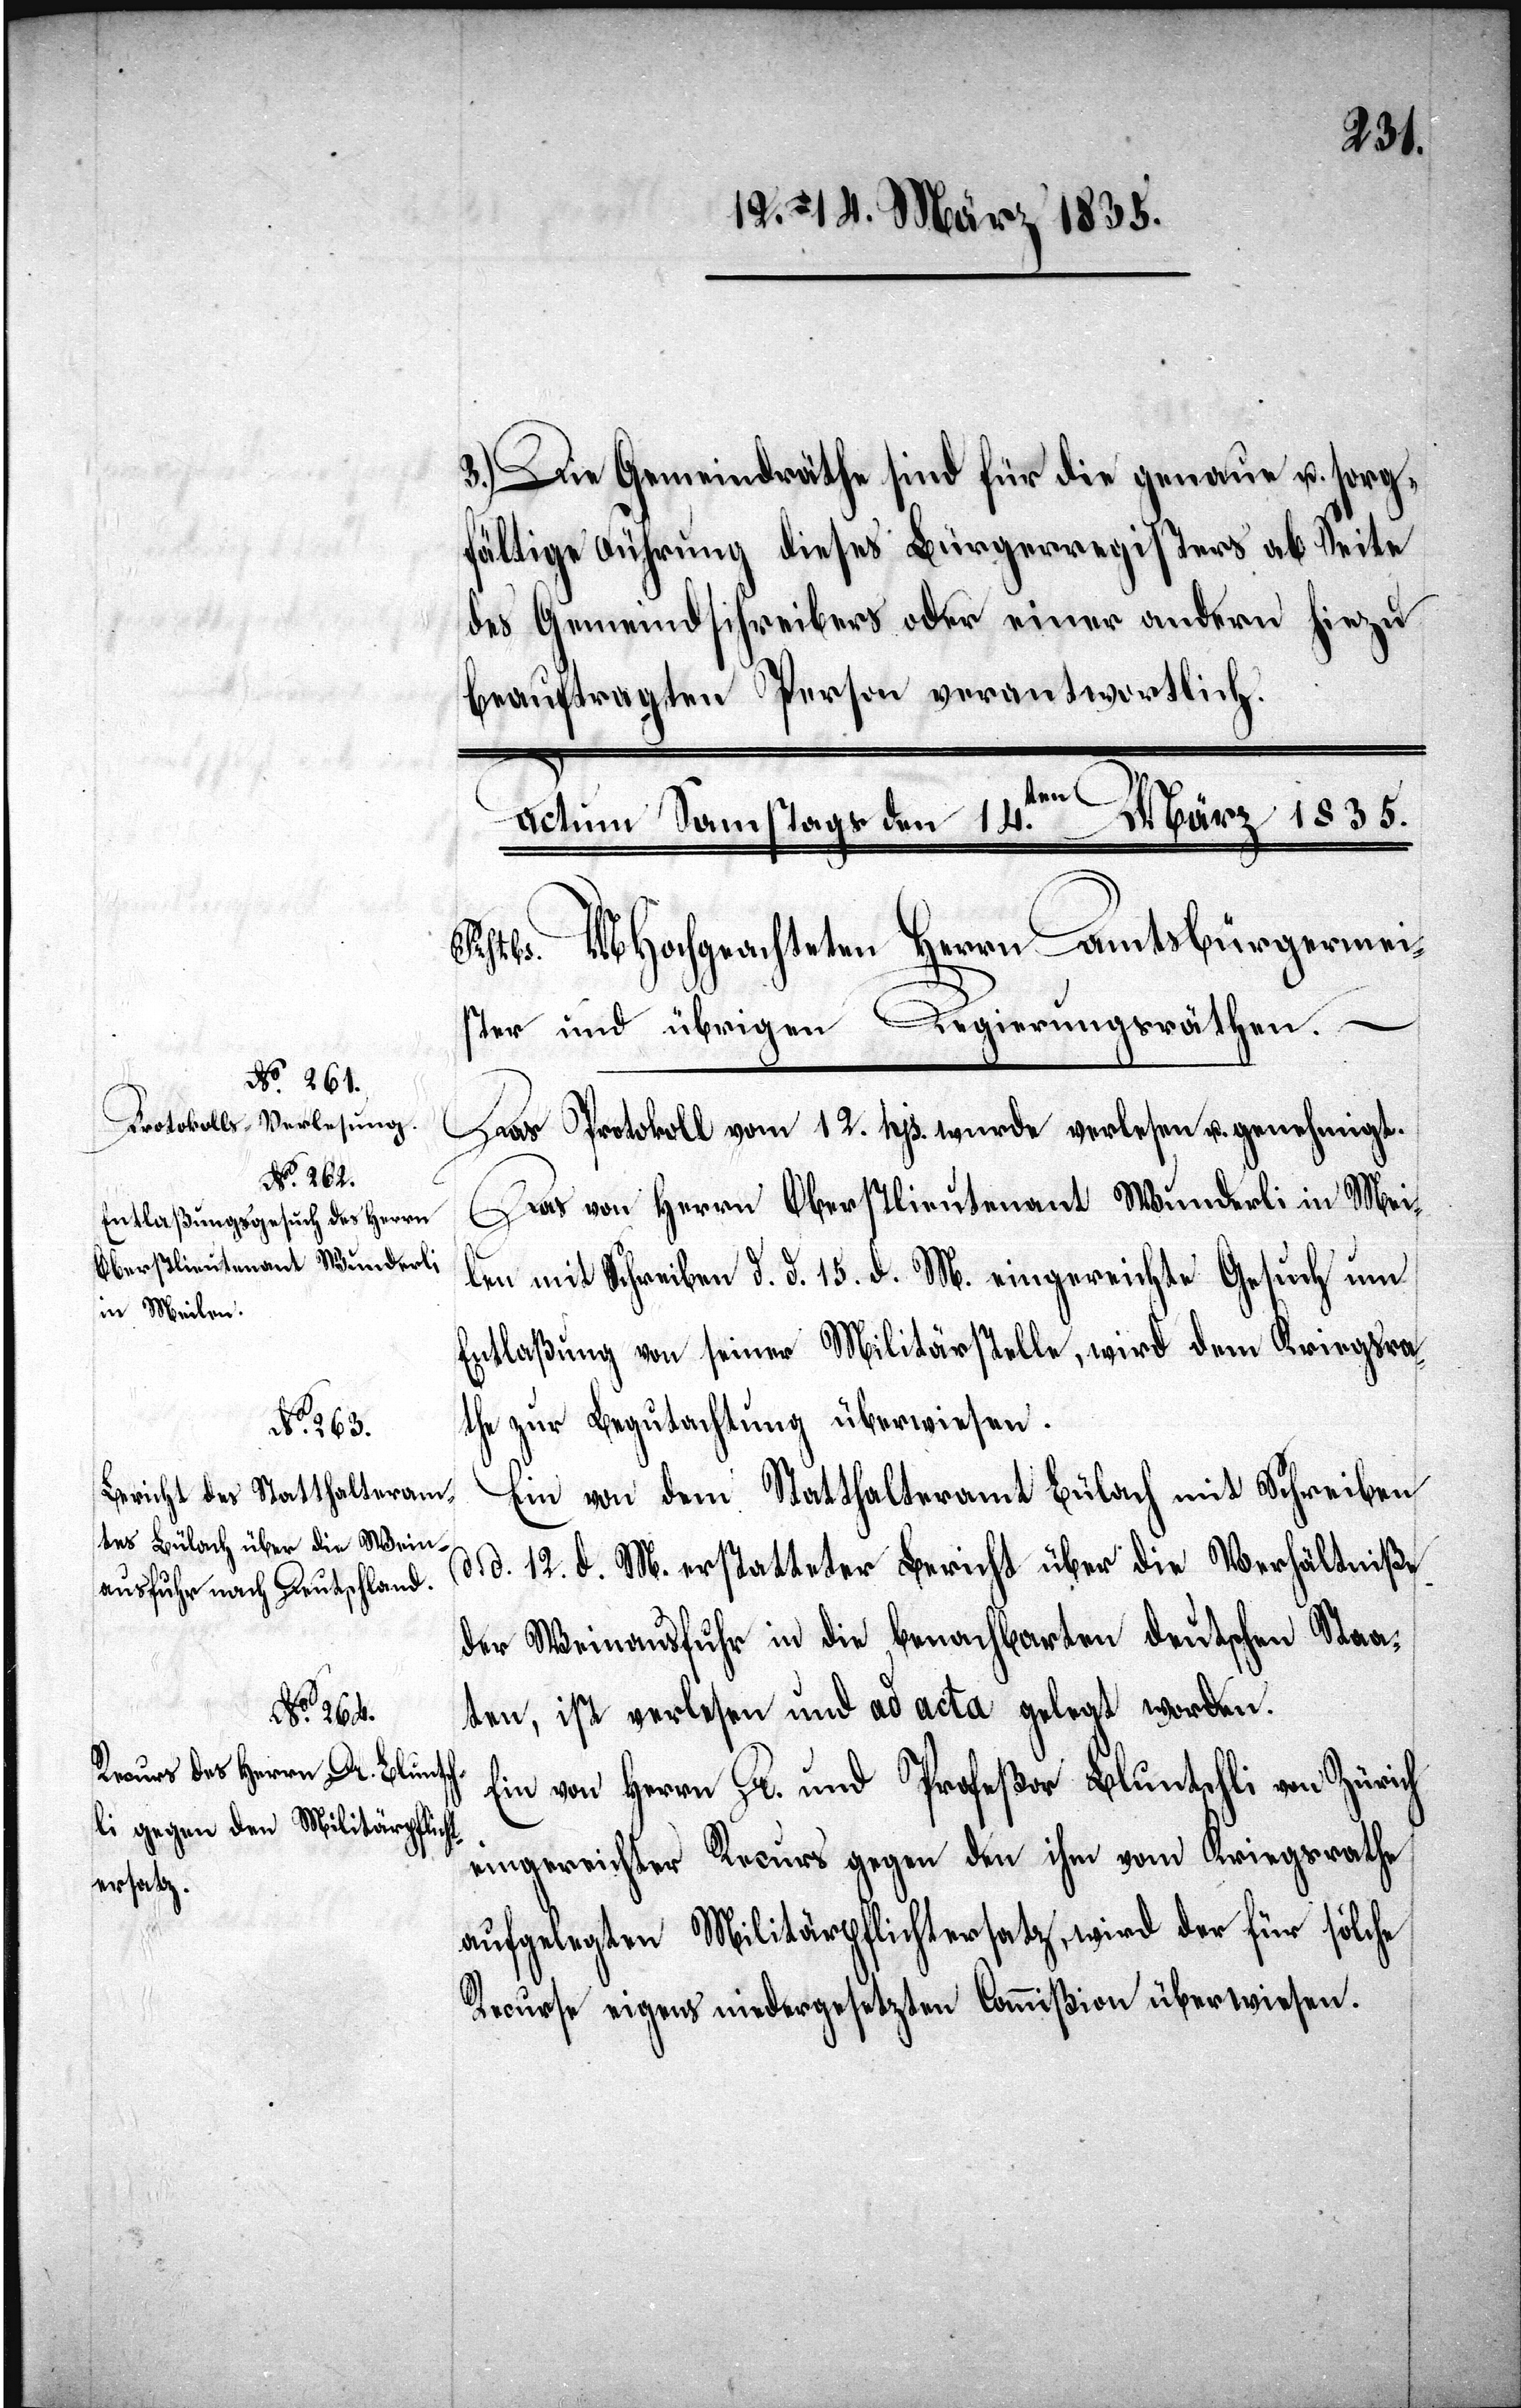
Das Protokoll vom 12. hjs. wurde verlesen u. genehmigt.
Das von Herrn Oberstlieutenant Wunderli in Mei¬
len mit Schreiben d. d. 15. d. M. [sic!] eingereichte Gesuch um
Entlaßung von seiner Militärstelle, wird dem Kriegsra¬
the zur Begutachtung überwiesen.
Ein von dem Statthalteramt Bülach mit Schreiben
d. d. 12. d. M. erstatteter Bericht über die Verhältniße
der Weinausfuhr in die benachbarten deutschen Staa¬
ten, ist verlesen und ad acta gelegt worden.
Ein von Herrn Dr. und Profeßor Bluntschli von Zürich
eingereichter Recurs gegen den ihm vom Kriegsrathe
auferlegten Militärpflichtersatz, wird der für solche
Recurse eigens niedergesetzten Commißion überwiesen.